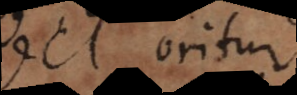
vel oritur